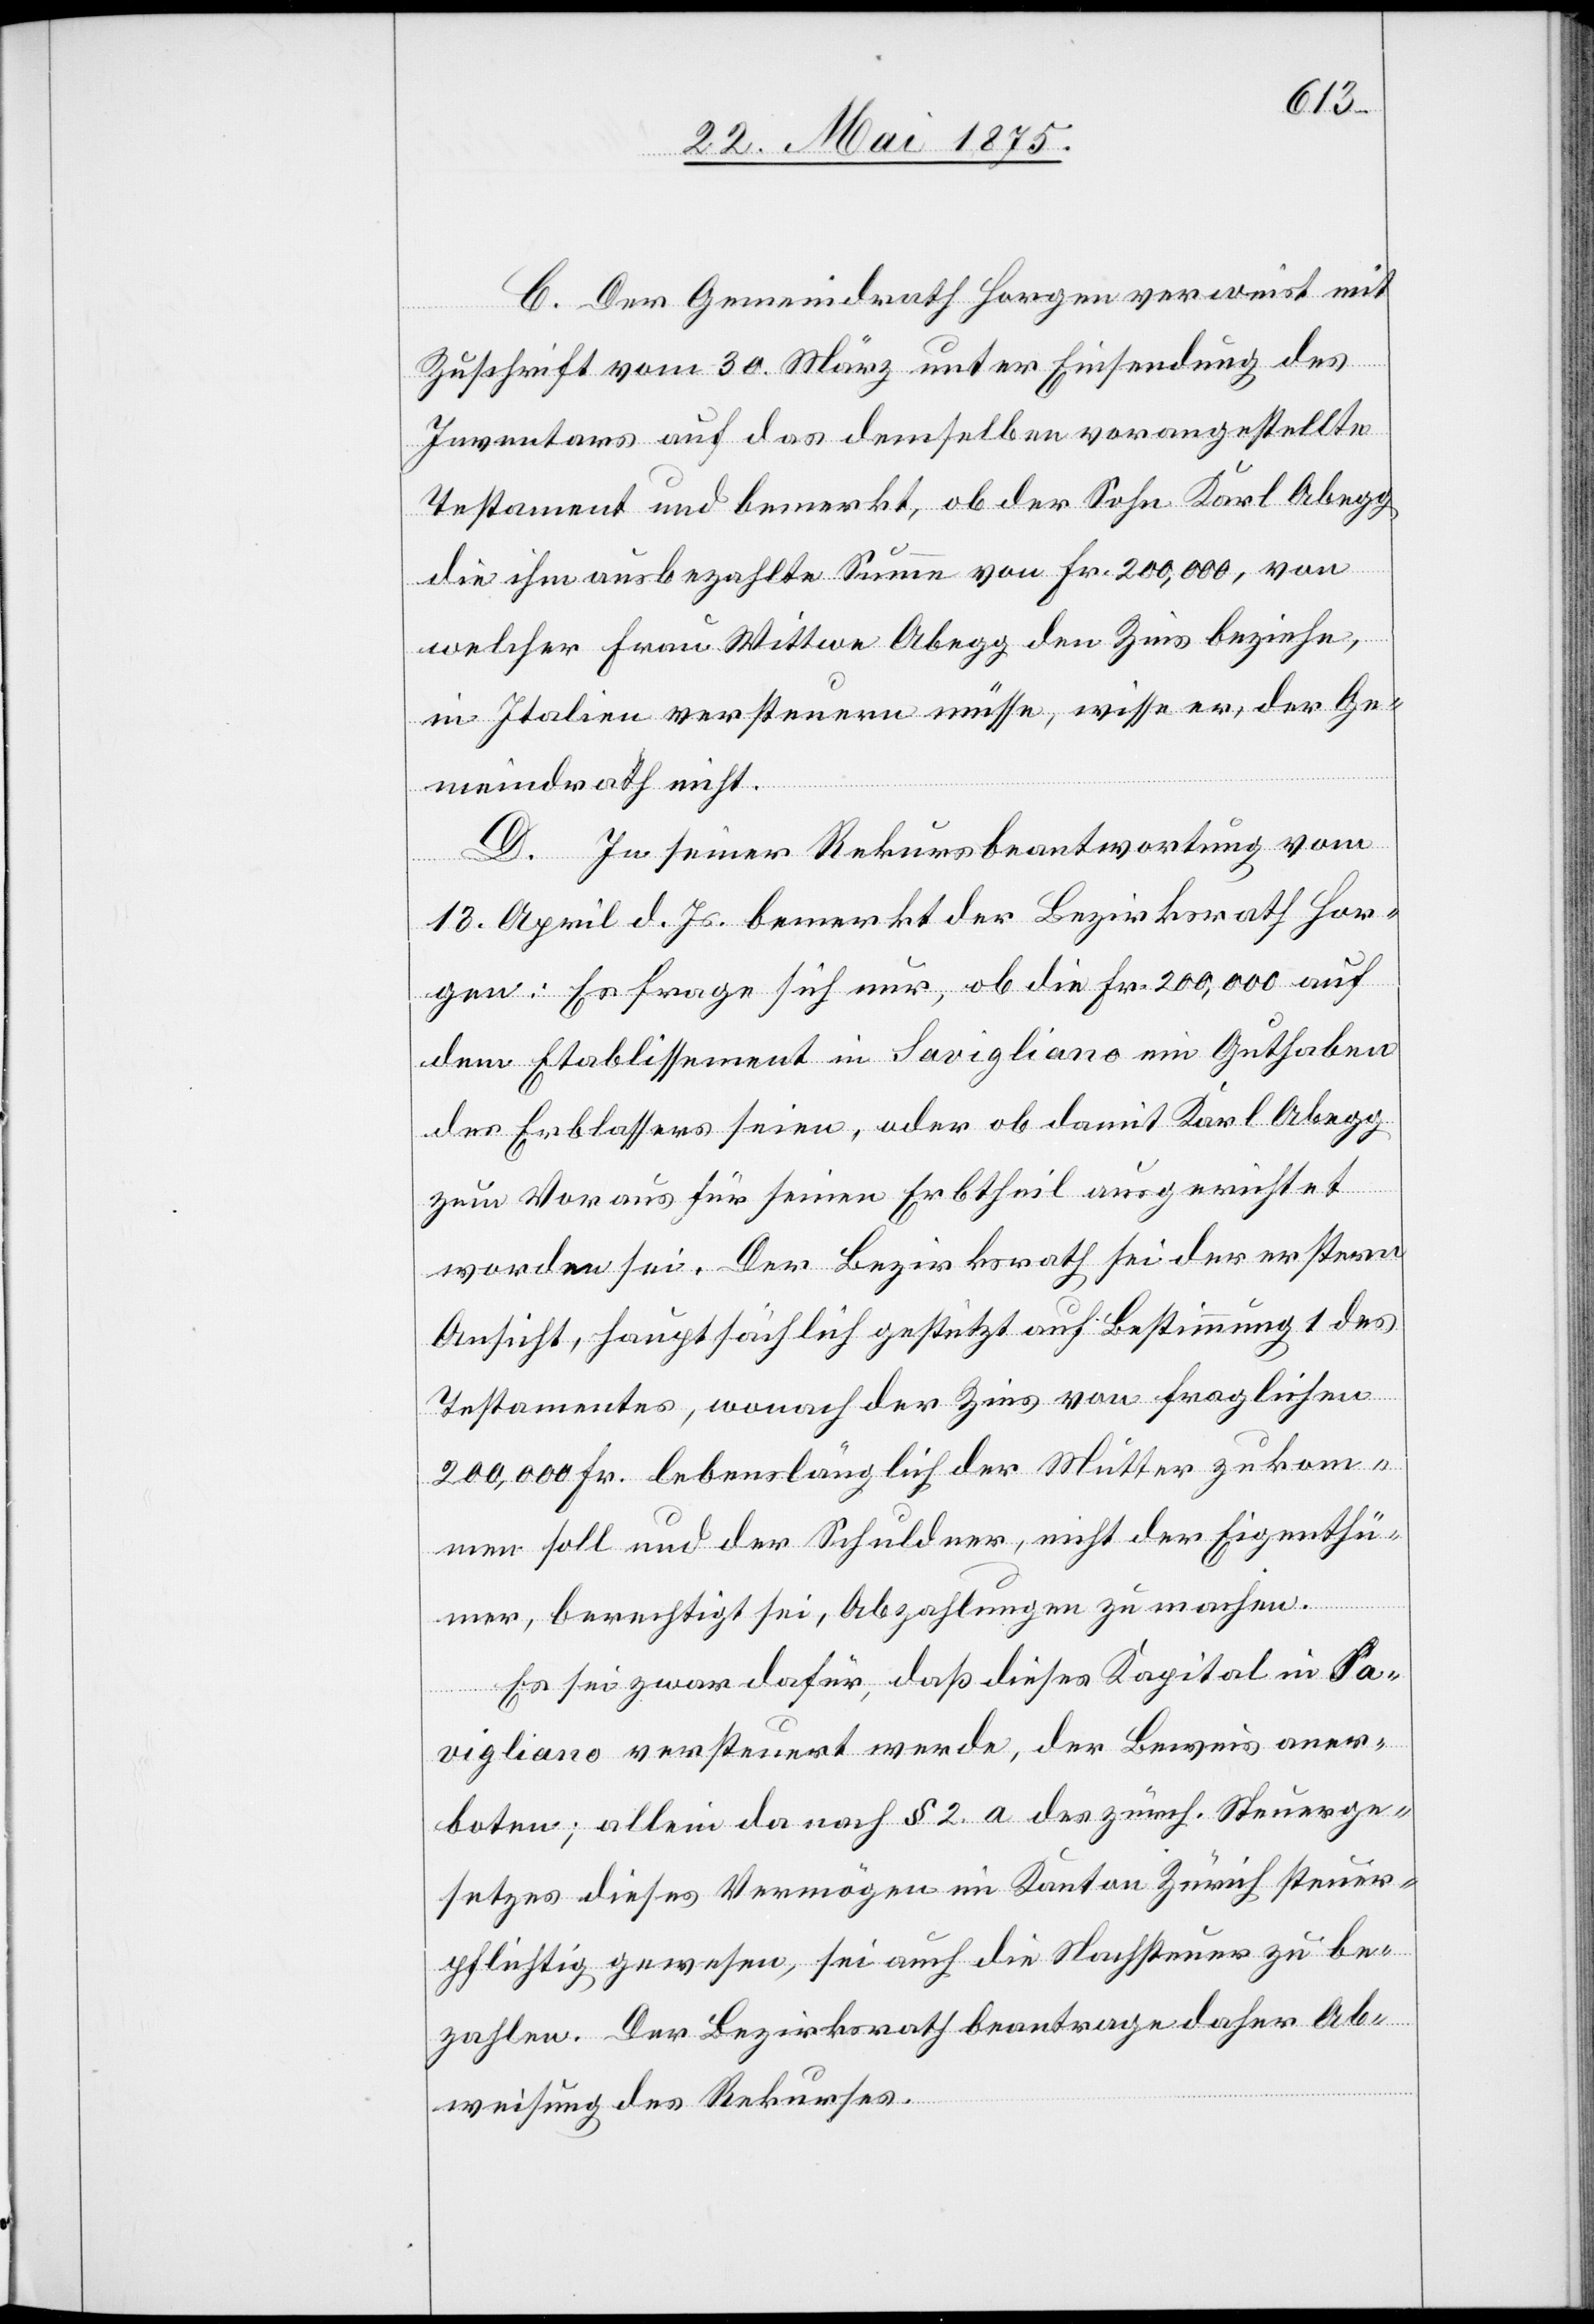
C. Der Gemeindrath Horgen verweist mit
Zuschrift vom 30. März unter Einsendung des
Inventars auf das demselben vorgestellte
Testament und bemerkt, ob der Sohn Karl Abegg
die ihm ausbezahlte Summe von Fr. 200,000, von
welcher Frau Wittwe Abegg den Zins beziehe,
in Italien versteuern müsse, wisse er, der Ge¬
meindrath nicht.
D. In seiner Rekursbeantwortung vom
13. April d. Js. bemerkt der Bezirksrath Horgen:
Es frage sich nur, ob die Fr. 200,000 auf
dem Etablissement in Savigliano ein Guthaben
des Erblassers seien, oder ob damit Karl Abegg
zum Voraus für seinen Erbtheil ausgerichtet
worden sei. Der Bezirksrath sei der erstern
Ansicht, hauptsächlich gestützt auf Bestimmung des
Testamentes, wonach der Zins von fraglichen
200,000 Fr. lebenslänglich der Mutter zukom¬
men soll und der Schuldner, nicht der Eigenthü¬
mer, berechtigt sei, Abzahlungen zu machen.
Er sei zwar dafür, daß dieses Kapital in Sa¬
vigliano versteuert werde, der Beweis aner¬
boten; allein da nach § 2.a des zürch. Steuerge¬
setzes dieses Vermögen im Kanton Zürich steuer¬
pflichtig gewesen, sei auch die Nachsteuer zu be¬
zahlen. Der Bezirksrath beantrage daher Ab¬
weisung des Rekurses.